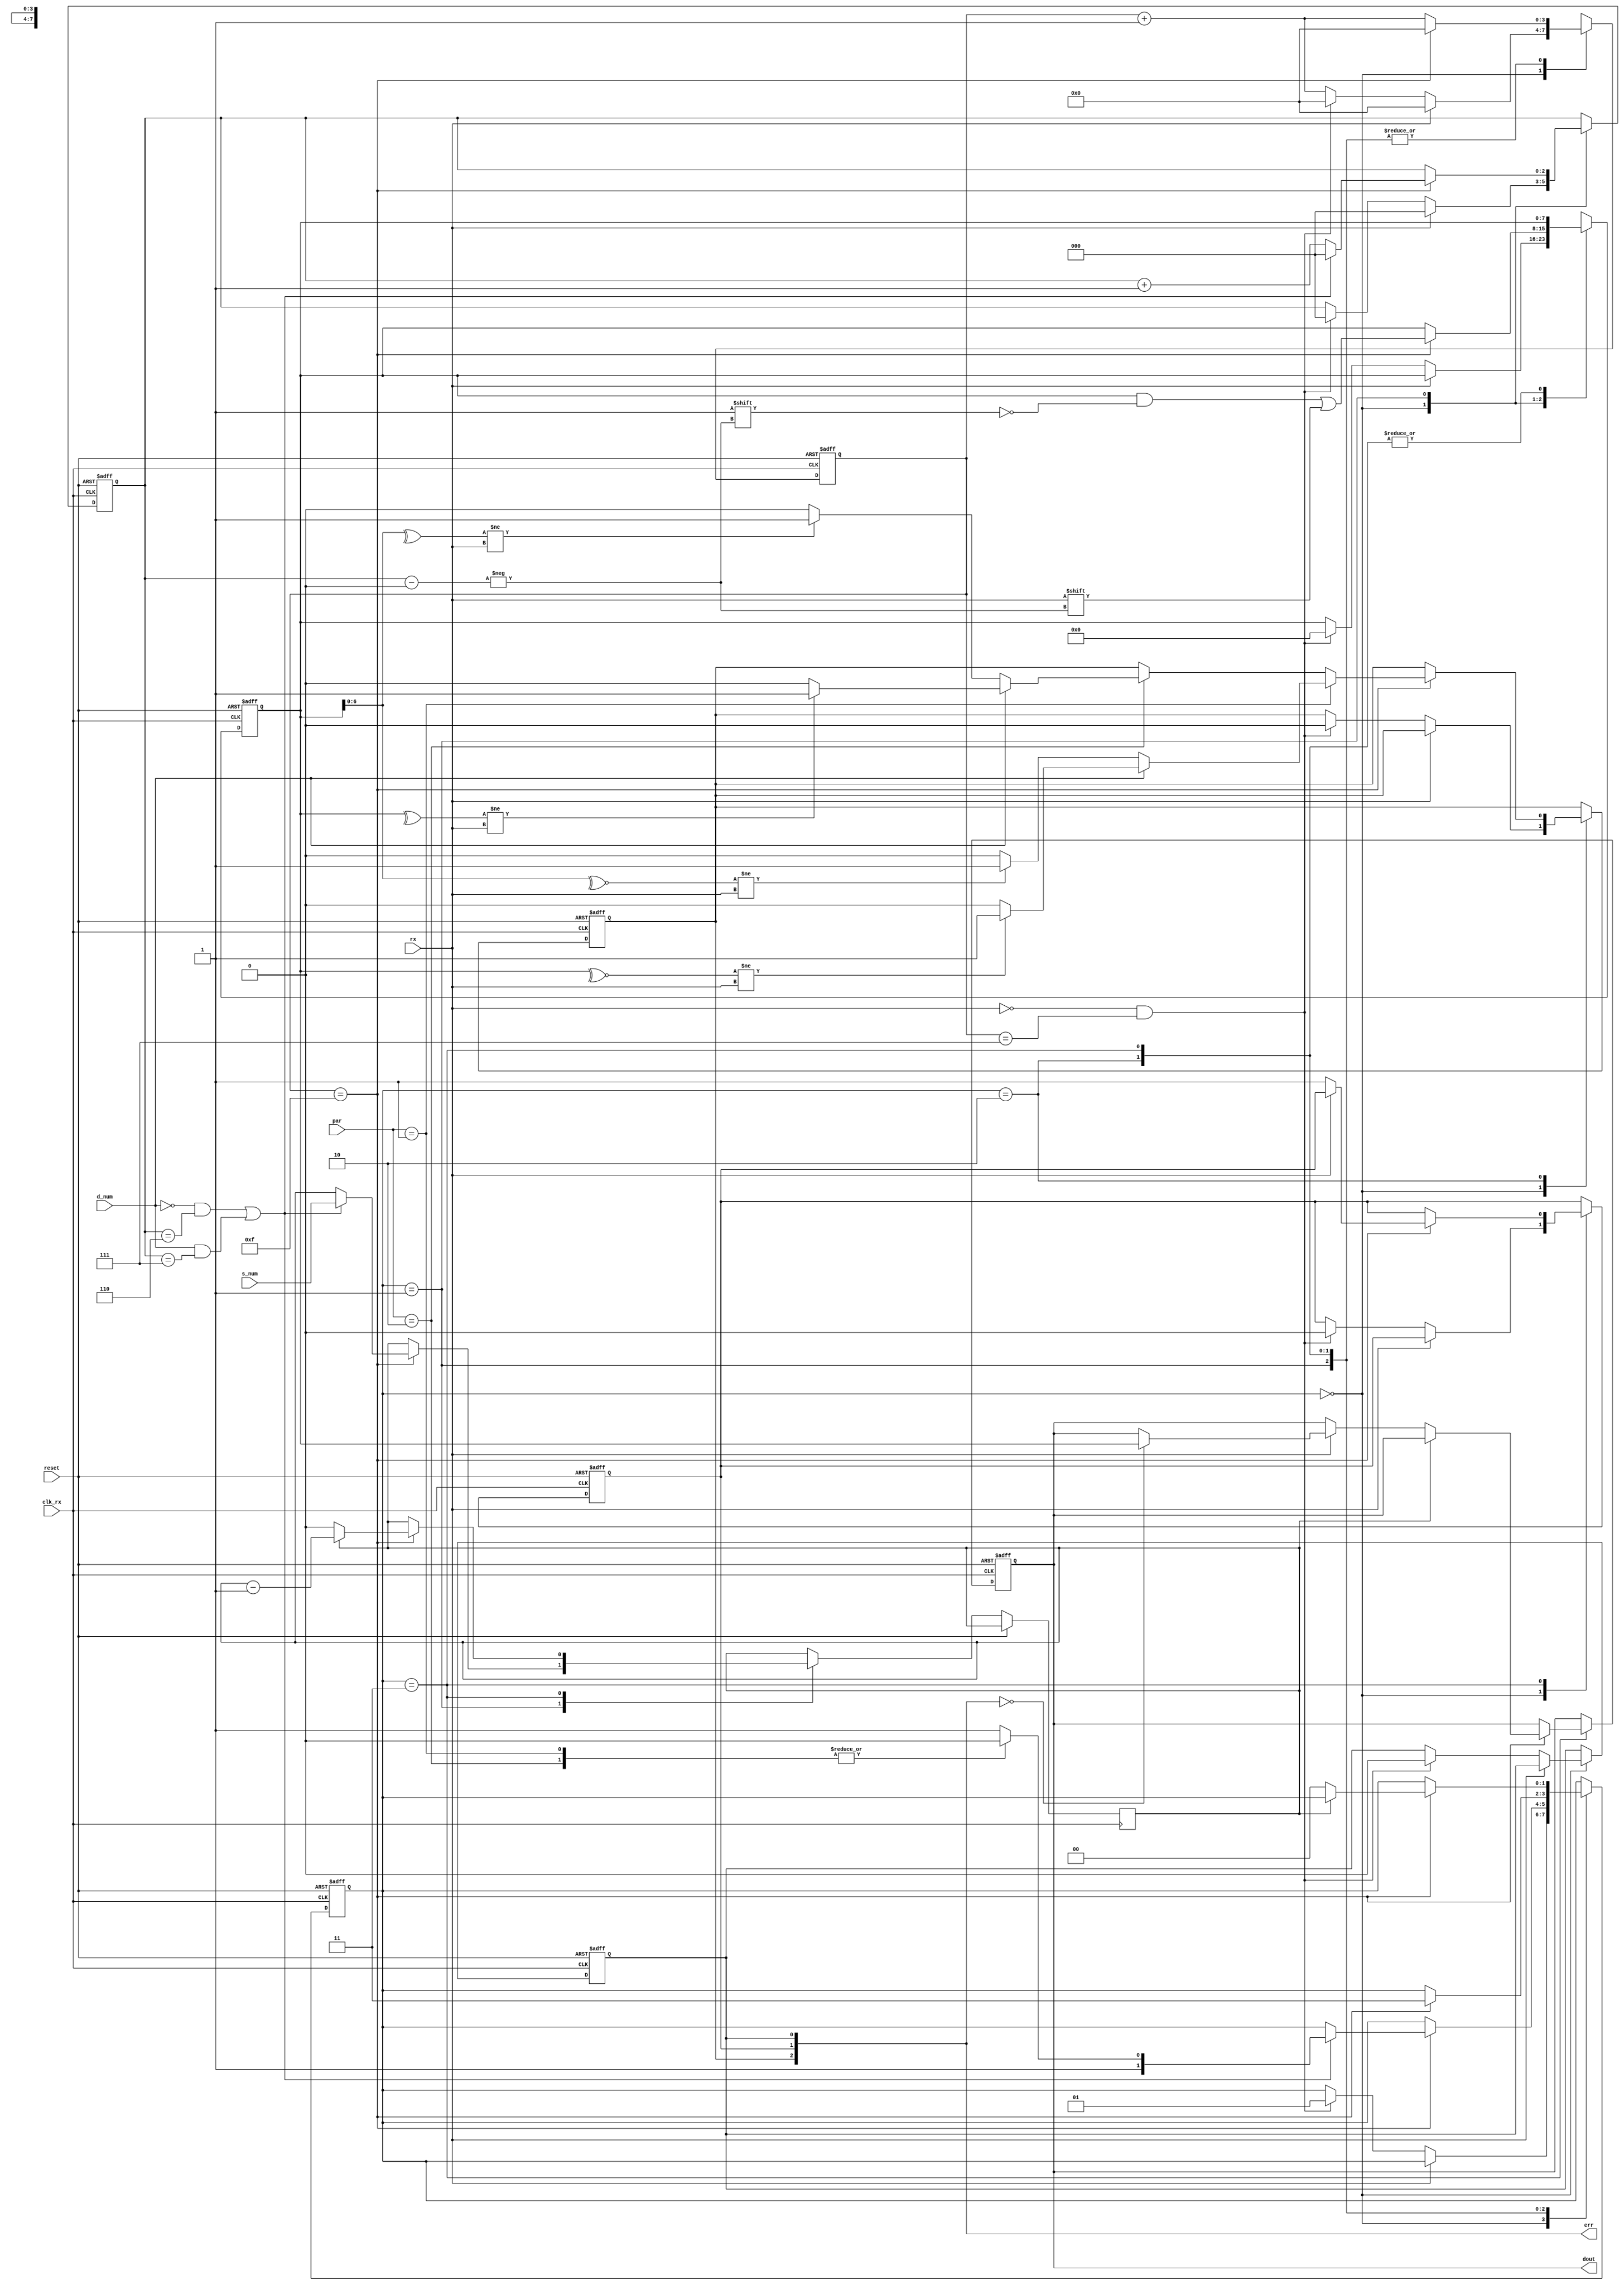
///////////////////////////////////////////////////////////////////////////////
 // $Id: receiver.v 916 2018-02-25 Ahmad Hegazy $
 //
 // Module: receiver.v
 // Project: UART
 // Description: uart receiver .. takes bit by bit and saves them as a register.
 //
 // Change history: 
 //
 ///////////////////////////////////////////////////////////////////////////////
module receiver(dout, clk_rx ,reset ,par ,d_num ,s_num ,err ,rx);
	output reg [7:0] dout;
	output [2:0] err; // data overrun, frame error,parity //err = {PAR_ERR,FRAME_ERR,DO_ERR}; 
	input reset,clk_rx,rx;

	input d_num,s_num; // 0: 7 bits, 1: 8 bits
	input [1:0] par; //parity // no // even //odd

	reg [7:0] rx_data;
	reg [1:0] state;//00 idle - 01 start - 10 din - 11 stop
	reg [3:0] sample_counter;
	reg [2:0] pos;	
	reg s_count; //count sent stop bits
	reg PAR_ERR,FRAME_ERR,DO_ERR;
	
	parameter STATE_START	= 2'b00;
	parameter STATE_READ	= 2'b01;
	parameter STATE_PARITY	= 2'b10;
	parameter STATE_STOP = 2'b11;
	
	parameter NO_PARITY  = 2'b00;
	parameter EVEN_PARITY  = 2'b01;
	parameter ODD_PARITY  = 2'b10;
	
	parameter MAX_7_BITS = 1'b0;
	parameter MAX_8_BITS = 1'b1;
	
	assign err = {PAR_ERR,FRAME_ERR,DO_ERR};///-----

	initial 
	begin 
		state <= STATE_START;
		pos <= 0;
		sample_counter <= 0;
		PAR_ERR <= 0;
		FRAME_ERR <= 0;
		DO_ERR <= 0;
	end
	
	always @ (posedge clk_rx or posedge reset)
	begin 
		if (reset) 
		begin
			state <= STATE_START;
			pos <= 0;
			sample_counter <= 0;
			PAR_ERR <= 0;
			FRAME_ERR <= 0;
			DO_ERR <= 0;
			dout <= 0;
			rx_data <= 0;
			
		end 
		else 
		begin 
			case (state)
				STATE_START: 
				begin 
					if (rx == 1)
					begin
						sample_counter <= 0;
						pos <= 0;
					end
					else if (rx == 0 & sample_counter == 7)
						begin 
							
							sample_counter <= 0;
							pos <= 0;
							rx_data <= 0;
							PAR_ERR <= 0;
			        FRAME_ERR <= 0;
			        DO_ERR <= 0;
							state <= STATE_READ;
						end
					else sample_counter <= sample_counter + 1;
				end
				STATE_READ:
					begin
						if (sample_counter == 15) // 7 or 8 bits 
						begin
								rx_data[pos] <= rx;
								sample_counter <= 0;
								
								if ((d_num == MAX_7_BITS & pos == 3'b110) | (d_num == MAX_8_BITS & pos == 3'b111))
								begin 
									s_count <= s_num;
									pos <= 0;
									case (par)
										NO_PARITY: state <= STATE_STOP; 
										EVEN_PARITY: state <= STATE_PARITY;
										ODD_PARITY: state <= STATE_PARITY;
										default : state <= STATE_STOP; //default no parity 
									endcase 
								end 
								else pos <= pos + 1;
						end
						else sample_counter <= sample_counter + 1;
					end				
				STATE_PARITY:
				begin 
					if (sample_counter == 15) //
					begin
						state <= STATE_STOP;
						sample_counter <= 0;
						if (par == EVEN_PARITY)	
						begin 
							if (d_num == MAX_8_BITS) PAR_ERR <= (~^rx_data != rx) ? 1'b1 : 1'b0;
							else if(d_num == MAX_7_BITS) PAR_ERR <= (~^rx_data[6:0] != rx) ? 1'b1 : 1'b0; 
						end 
						else if (par == ODD_PARITY)
						begin 
							if (d_num == MAX_8_BITS) PAR_ERR <= (^rx_data != rx) ? 1'b1 : 1'b0;
							else if(d_num == MAX_7_BITS) PAR_ERR <= (^rx_data[6:0] != rx) ? 1'b1 : 1'b0; 
						end 
					end
					else  sample_counter <= sample_counter + 1;
				end 
				STATE_STOP:
				begin 
					if (sample_counter == 15) 
					begin //stop bit is 1 
						sample_counter <= 0;
						case (s_count)
						0: // one stop bit
						begin 
							if (rx != 1'b1) 
							begin  
								FRAME_ERR <= 1'b1;
							end
							else if (err == 3'b000) dout <= rx_data;
							state <= STATE_START;
						end
						1: 
						begin //TWO_STOP_BITS 
							s_count <= s_count - 1; 
							if (rx != 1'b1) 
							begin  
								FRAME_ERR <= 1'b1;
							end 
						end 
						endcase
					end 
					else sample_counter <= sample_counter + 1;
				end 
			endcase 
		end
	end
endmodule